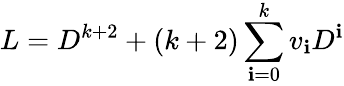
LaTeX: L=D^{k+2}+(k+2)\sum_{\mathbf{i}=0}^{k}v_{\mathbf{i}}D^{\mathbf{i}}